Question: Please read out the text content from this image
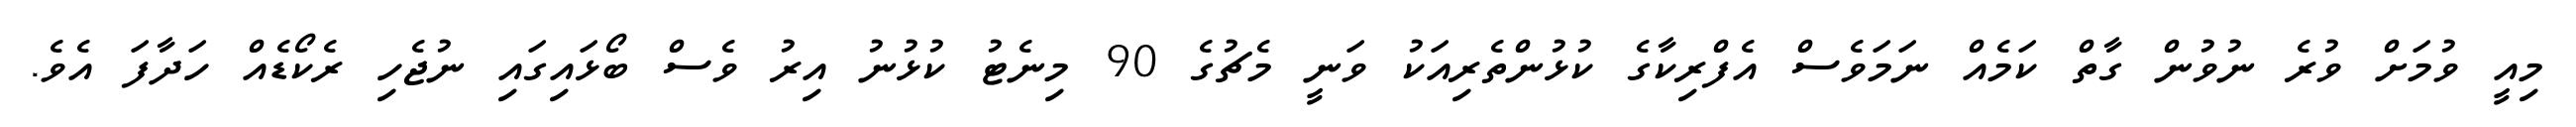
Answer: މިއީ ވުމަށް ވުރެ ނުވުން ގާތް ކަމެއް ނަމަވެސް އެފްރިކާގެ ކުޅުންތެރިއަކު ވަނީ މެޗުގެ 90 މިނެޓު ކުޅުނު އިރު ވެސް ބޯޅައިގައި ނުޖެހި ރެކޯޑެއް ހަދާފަ އެވެ.